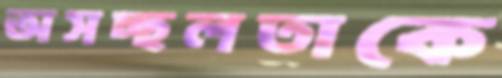
অসচ্ছলতাকে